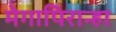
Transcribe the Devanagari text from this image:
मेगापिरान्हा